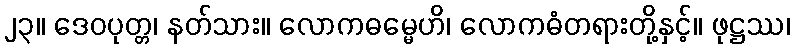
၂၃။ ဒေဝပုတ္တ၊ နတ်သား။ လောကဓမ္မေဟိ၊ လောကဓံတရားတို့နှင့်။ ဖုဋ္ဌဿ၊